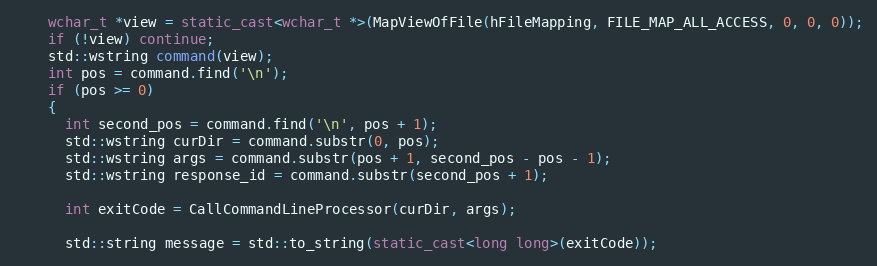
Language: C++
    wchar_t *view = static_cast<wchar_t *>(MapViewOfFile(hFileMapping, FILE_MAP_ALL_ACCESS, 0, 0, 0));
    if (!view) continue;
    std::wstring command(view);
    int pos = command.find('\n');
    if (pos >= 0)
    {
      int second_pos = command.find('\n', pos + 1);
      std::wstring curDir = command.substr(0, pos);
      std::wstring args = command.substr(pos + 1, second_pos - pos - 1);
      std::wstring response_id = command.substr(second_pos + 1);

      int exitCode = CallCommandLineProcessor(curDir, args);

      std::string message = std::to_string(static_cast<long long>(exitCode));